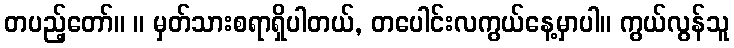
တပည့်တော်။ ။ မှတ်သားစရာရှိပါတယ်, တပေါင်းလကွယ်နေ့မှာပါ။ ကွယ်လွန်သူ